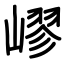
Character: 嵺